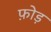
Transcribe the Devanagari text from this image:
फ़ोड़